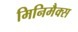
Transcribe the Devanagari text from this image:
मिनिमैक्स